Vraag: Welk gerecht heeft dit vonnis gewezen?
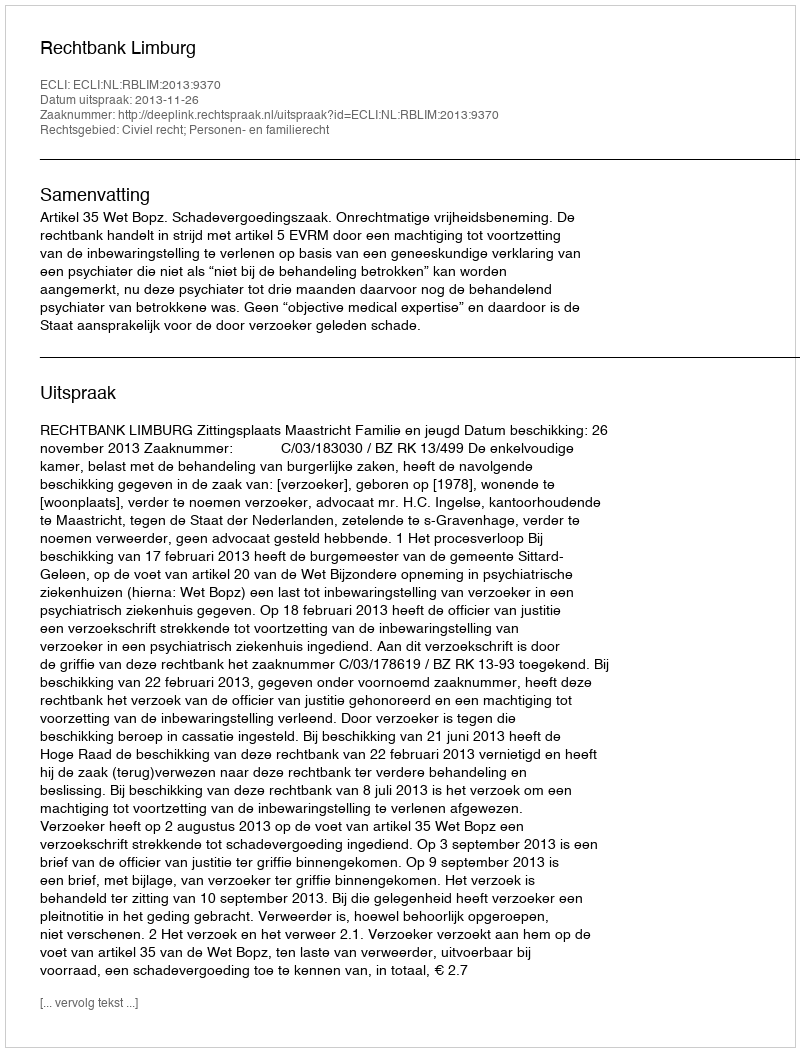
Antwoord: Rechtbank Limburg